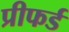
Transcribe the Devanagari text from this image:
प्रीफर्ड